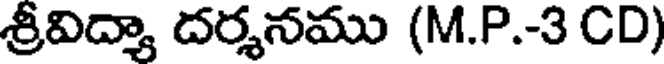
శ్రీవిద్యా దర్శనము (M.P.-3 CD)